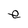
Character: e